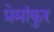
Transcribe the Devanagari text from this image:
प्रेमांकुर